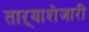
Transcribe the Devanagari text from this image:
ताऱ्याशेजारी